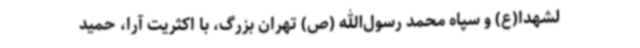
لشهدا(ع) و سپاه محمد رسول‌الله (ص) تهران بزرگ، با اکثریت آرا، حمید